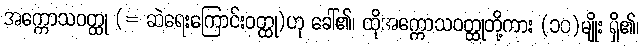
အက္ကောသဝတ္ထု (= ဆဲရေးကြောင်းဝတ္ထု)ဟု ခေါ်၏၊ ထိုအက္ကောသဝတ္ထုတို့ကား (၁၀)မျိုး ရှိ၏၊